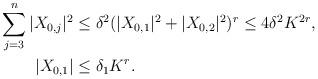
LaTeX: \begin{align*}\sum_{j=3}^n |X_{0,j}|^2 & \le \delta^2 (|X_{0,1}|^2 + |X_{0,2}|^2)^r \le 4 \delta^2 K^{2r}, \\ |X_{0,1}| &\le \delta_1 K^r. \end{align*}